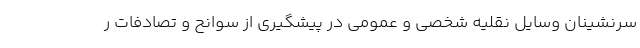
سرنشینان وسایل نقلیه شخصی و عمومی در پیشگیری از سوانح و تصادفات ر